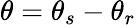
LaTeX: \theta=\theta_{s}-\theta_{r}